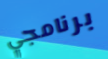
برنامجي